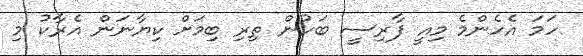
ހަމަ އެހެންމެ މިއީ ފާރިސީ ބަހުން ތިރި ބިމަށް ކިޔާނަން އެރާކު މި